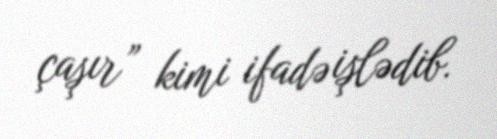
çaşır” kimi ifadə işlədib.